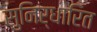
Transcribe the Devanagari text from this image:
सुनिर्धारित